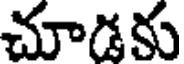
చూడకు